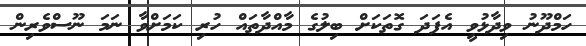
ހަމްދޫނު ވިދާޅުވީ އެފަދަ ގޮތަކަށް ބިލުގެ މާއްދާތައް ހުރި ކަމަށްވާ ނަމަ ނޫސްވެރިން